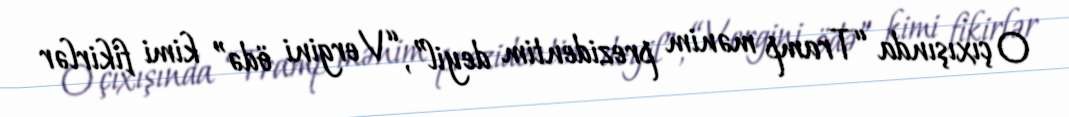
O çıxışında “Tramp mənim prezidentim deyil”, “Vergini ödə” kimi fikirlər